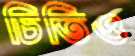
চিতিও